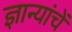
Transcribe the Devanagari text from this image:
ज्ञान्यांचें